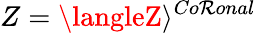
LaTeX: Z=\langleZ\rangle^{Co\mathcal{R}onal}